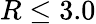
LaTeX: R\le 3.0